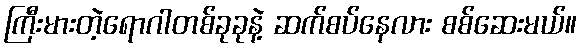
ကြီးမားတဲ့ရောဂါတစ်ခုခုနဲ့ ဆက်စပ်နေလား စစ်ဆေးမယ်။